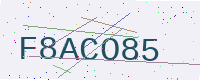
Text: F8ACO85